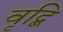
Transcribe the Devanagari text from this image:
वृद्बि